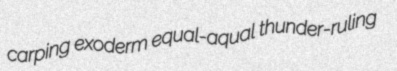
carping exoderm equal-aqual thunder-ruling